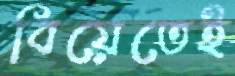
বিয়েতেই